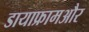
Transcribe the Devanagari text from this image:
डायाफ्रामऔर